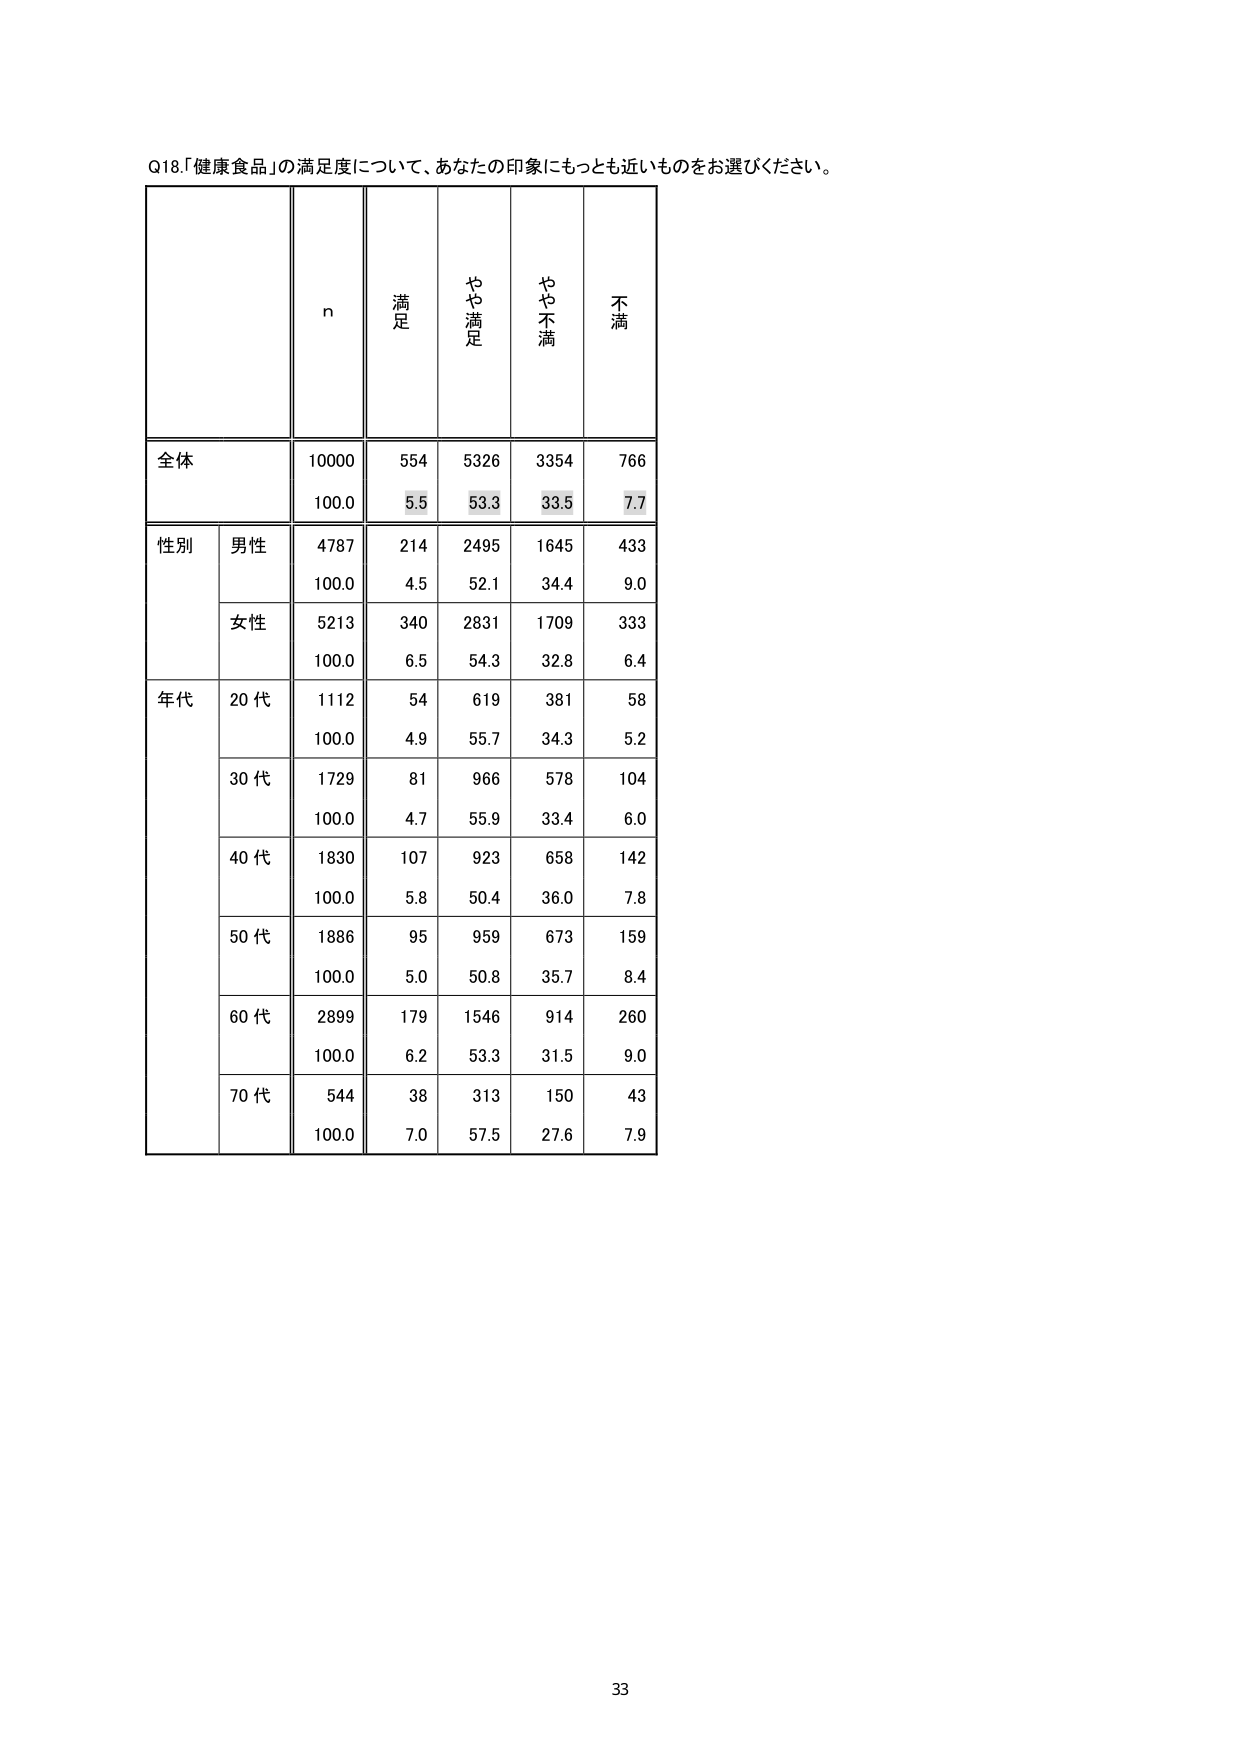
Q18.「健康食品」の満足度について、あなたの印象にもっとも近いものをお選びください。

n 満足 やや満足 やや不満 不満

全体 10000 554 5326 3354 766
      100.0 5.5 53.3 33.5 7.7

性別 男性 4787 214 2495 1645 433
      100.0 4.5 52.1 34.4 9.0
     女性 5213 340 2831 1709 333
      100.0 6.5 54.3 32.8 6.4

年代 20代 1112 54 619 381 58
      100.0 4.9 55.7 34.3 5.2
     30代 1729 81 966 578 104
      100.0 4.7 55.9 33.4 6.0
     40代 1830 107 923 658 142
      100.0 5.8 50.4 36.0 7.8
     50代 1886 95 959 673 159
      100.0 5.0 50.8 35.7 8.4
     60代 2899 179 1546 914 260
      100.0 6.2 53.3 31.5 9.0
     70代 544 38 313 150 43
      100.0 7.0 57.5 27.6 7.9

33